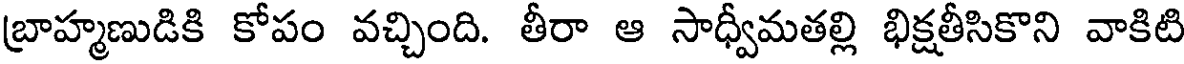
బ్రాహ్మణుడికి కోపం వచ్చింది. తీరా ఆ సాధ్వీమతల్లి భిక్షతీసికొని వాకిటి